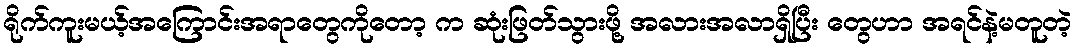
ရိုက်ကူးမယ့်အကြောင်းအရာတွေကိုတော့ က ဆုံးဖြတ်သွားဖို့ အလားအလာရှိပြီး တွေဟာ အရင်နဲ့မတူတဲ့